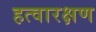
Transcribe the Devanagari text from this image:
हत्वारक्षण